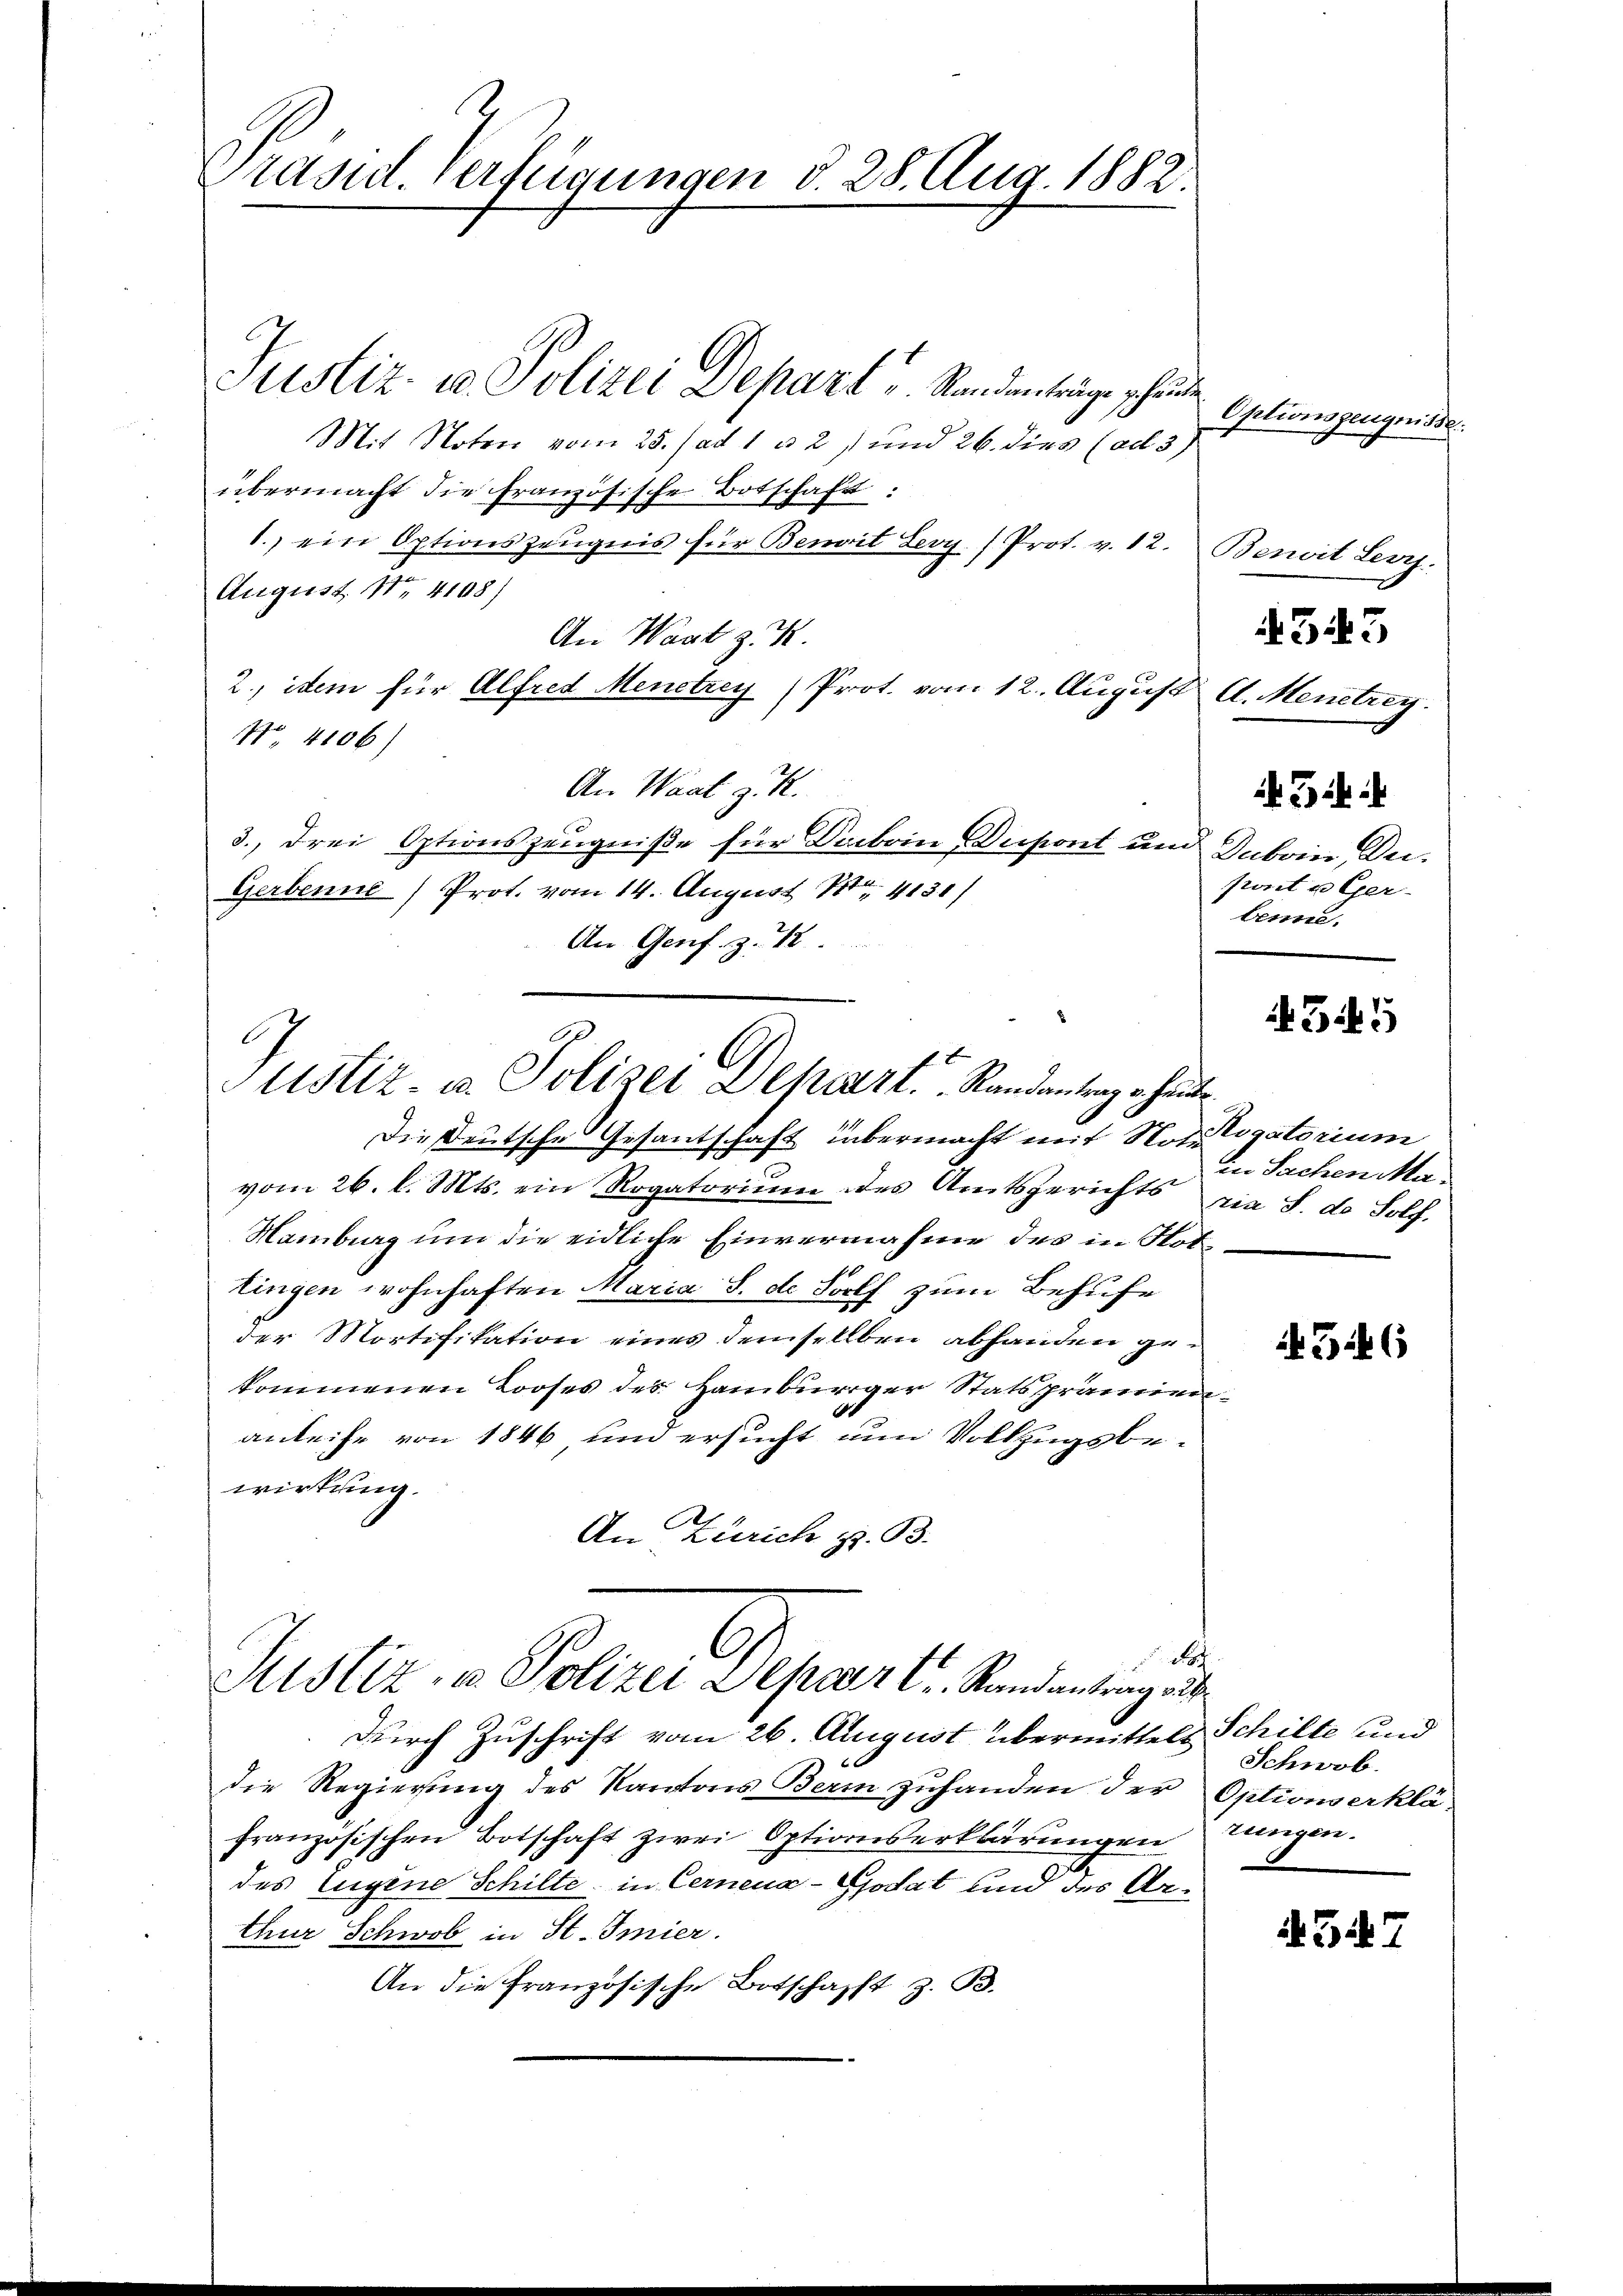
Präsid. Verfügungen d. 28. Aug. 1882.

.
Justiz- u. Polizei Depart. Randantrage heute.

Justiz- u. Polizei Depart, Standentrage schenden
J
Mit Noten vom 25. ad 1 u 2) und 26. dies (ad 3)
übermacht die französische Botschaft:
1.) ein Optionszeugnis für Bemit Leop. (Prot. v. 12.
August. Nr. 4108)
An Wart z. K.
2., idem für Alfred Menetrey) Prot. vom 12. August A. Menetrey.
No 4106)
An Waat z. K.
3., drei Optionszeugniße für Sackoin Dupont und Inkom Dei-
Gerbenne Prot. vom 14. August 181. 4131)
An Genf. Z. 12.
Die Deutsche Gesantschaft übermacht mit Not. Sogatorium
vom 26. l. Mts. ein Rogatoriŭm des Amtsgerichts ein S. d. Solf.
Hamburg um die eidliche Einvernahme des in Hote
tingen wohnhaften Maria S. d. Korlf zum Behufe
der Mortifikation eines demselben abhanden gekommenen Looses des Hamburger Statsprämien
d
anleihe von 1846 und ersucht nun Vollzugsbewirkung.
An Zürich z. B.
G
t
Justiz- u. Polizei Depart. Randantrag aus
durch Zuschrift vom 26. August übermittels Schilte und
die Regierung des Kantons Bern zuhanden der Optionserkläfranzösischen Botschaft zwei Optionserklärungen ungen.
des Eugene Schilte, in Cernena-Godat und des Arthur Schwob in St. Imier.
An die französische Botschafft z. B.

Optionszeugnisse

Benoit Lenz.

front u Ger-
benne.

4545

345

in Sachen Ma¬

36

Schwob.

4547